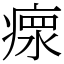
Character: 𤸄